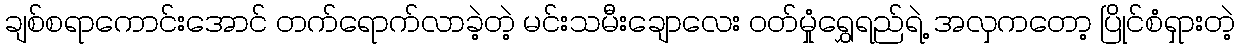
ချစ်စရာကောင်းအောင် တက်ရောက်လာခဲ့တဲ့ မင်းသမီးချောလေး ဝတ်မှုံရွှေရည်ရဲ့ အလှကတော့ ပြိုင်စံရှားတဲ့